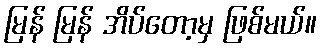
မြန် မြန် အိပ်တော့မှ ဖြစ်မယ်။